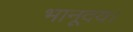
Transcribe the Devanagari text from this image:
भानूदय।